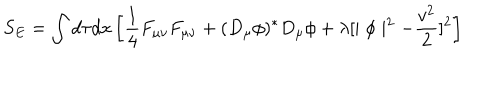
S _ { E } = \int d \tau d x \left[ \frac { 1 } { 4 } F _ { \mu \nu } F _ { \mu \nu } + ( D _ { \mu } \phi ) ^ { \ast } D _ { \mu } \phi + \lambda [ \mid \phi \mid ^ { 2 } - \frac { v ^ { 2 } } { 2 } ] ^ { 2 } \right]